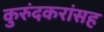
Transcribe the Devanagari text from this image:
कुरुंदकरांसह